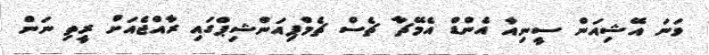
ވަނަ އޭޝިއަން ސީނިއާ އެންޑް އެމޭޗާ ޗެސް ޗެމްޕިއަންޝިޕްގައި ރާއްޖެއަށް ރީތި ނަން